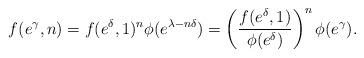
LaTeX: \begin{align*}f(e^{\gamma},n)=f(e^{\delta},1)^{n}\phi(e^{\lambda-n\delta})=\left(\frac{f(e^{\delta},1)}{\phi(e^{\delta})}\right) ^{n}\phi(e^{\gamma}).\end{align*}